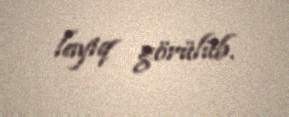
layiq görülüb.